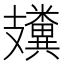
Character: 𥽤